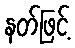
နတ်ဖြင့်